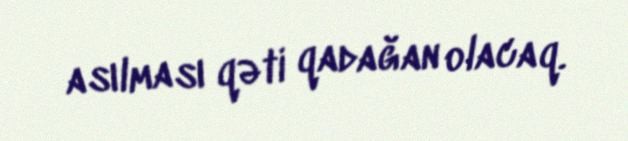
asılması qəti qadağan olacaq.